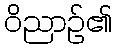
ဝိညာဉ်၏